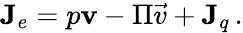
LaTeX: \begin{array}{r}{\mathbf{J}_{e}=p\mathbf{v}-{\Pi\vec{v}}+\mathbf{J}_{q}\, .}\end{array}